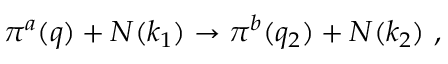
\pi ^ { a } ( q ) + N ( k _ { 1 } ) \to \pi ^ { b } ( q _ { 2 } ) + N ( k _ { 2 } ) ~ ,